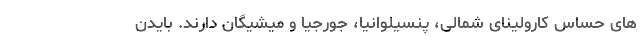
های حساس کارولینای شمالی، پنسیلوانیا، جورجیا و میشیگان دارند. بایدن